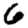
Digit: 6